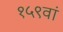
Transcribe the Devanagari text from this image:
१५९वां